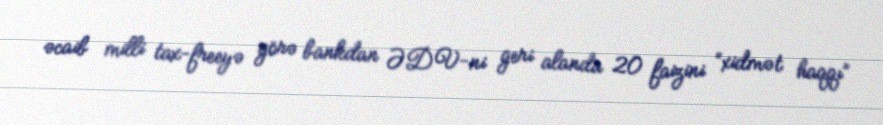
əcaib milli tax-freeyə görə bankdan ƏDV-ni geri alanda 20 faizini “xidmət haqqı”